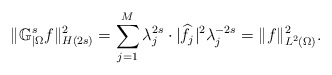
\begin{align*}\|\mathbb{G}^s_{|\Omega} f\|_{H(2s)}^2=\sum_{j=1}^M\lambda_j^{2s}\cdot \vert\widehat f_j\vert^2\lambda_j^{-2s} = \|f\|_{L^2(\Omega)}^2.\end{align*}